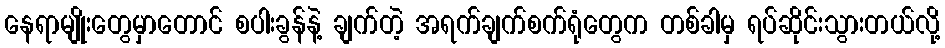
နေရာမျိုးတွေမှာတောင် စပါးခွန်နဲ့ ချက်တဲ့ အရက်ချက်စက်ရုံတွေက တစ်ခါမှ ရပ်ဆိုင်းသွားတယ်လို့